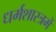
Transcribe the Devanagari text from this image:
धर्मशास्त्रमें